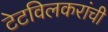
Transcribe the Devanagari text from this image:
टेटविलकरांची